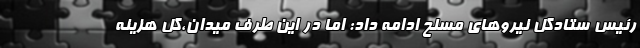
رئیس ستادکل نیروهای مسلح ادامه داد: اما در این طرف میدان،‌کل هزینه